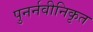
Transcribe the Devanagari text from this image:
पुनर्नवीनिकृत